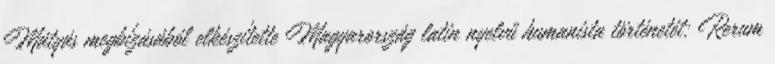
Mátyás megbízásából elkészítette Magyarország latin nyelvű humanista történetét: Rerum